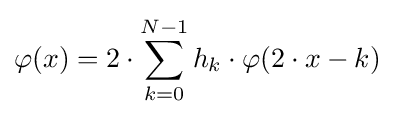
\varphi (x)=2\cdot \sum _{k=0}^{N-1}h_{k}\cdot \varphi (2\cdot x-k)